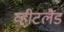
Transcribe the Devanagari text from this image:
व्हीटलैंड